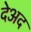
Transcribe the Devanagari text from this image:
देअद